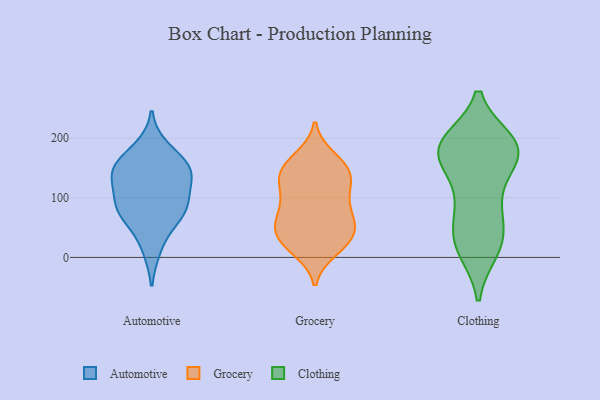
{"axis": {"x": "Budget (USD K)", "y": "Value"}, "legend": ["Automotive", "Clothing", "Grocery"], "data": [{"x": "", "y": 84, "type": "Automotive"}, {"x": "", "y": 139, "type": "Automotive"}, {"x": "", "y": 99, "type": "Automotive"}, {"x": "", "y": 183, "type": "Automotive"}, {"x": "", "y": 15, "type": "Automotive"}, {"x": "", "y": 71, "type": "Automotive"}, {"x": "", "y": 148, "type": "Automotive"}, {"x": "", "y": 65, "type": "Automotive"}, {"x": "", "y": 88, "type": "Automotive"}, {"x": "", "y": 135, "type": "Automotive"}, {"x": "", "y": 147, "type": "Automotive"}, {"x": "", "y": 156, "type": "Automotive"}, {"x": "", "y": 130, "type": "Grocery"}, {"x": "", "y": 133, "type": "Grocery"}, {"x": "", "y": 32, "type": "Grocery"}, {"x": "", "y": 105, "type": "Grocery"}, {"x": "", "y": 30, "type": "Grocery"}, {"x": "", "y": 64, "type": "Grocery"}, {"x": "", "y": 135, "type": "Grocery"}, {"x": "", "y": 27, "type": "Grocery"}, {"x": "", "y": 156, "type": "Grocery"}, {"x": "", "y": 13, "type": "Grocery"}, {"x": "", "y": 20, "type": "Grocery"}, {"x": "", "y": 62, "type": "Grocery"}, {"x": "", "y": 49, "type": "Grocery"}, {"x": "", "y": 150, "type": "Grocery"}, {"x": "", "y": 64, "type": "Grocery"}, {"x": "", "y": 61, "type": "Grocery"}, {"x": "", "y": 150, "type": "Grocery"}, {"x": "", "y": 98, "type": "Grocery"}, {"x": "", "y": 167, "type": "Grocery"}, {"x": "", "y": 101, "type": "Grocery"}, {"x": "", "y": 17, "type": "Clothing"}, {"x": "", "y": 188, "type": "Clothing"}, {"x": "", "y": 188, "type": "Clothing"}, {"x": "", "y": 170, "type": "Clothing"}, {"x": "", "y": 23, "type": "Clothing"}, {"x": "", "y": 176, "type": "Clothing"}, {"x": "", "y": 183, "type": "Clothing"}, {"x": "", "y": 189, "type": "Clothing"}, {"x": "", "y": 31, "type": "Clothing"}, {"x": "", "y": 94, "type": "Clothing"}, {"x": "", "y": 120, "type": "Clothing"}, {"x": "", "y": 13, "type": "Clothing"}, {"x": "", "y": 165, "type": "Clothing"}, {"x": "", "y": 57, "type": "Clothing"}, {"x": "", "y": 193, "type": "Clothing"}, {"x": "", "y": 75, "type": "Clothing"}, {"x": "", "y": 177, "type": "Clothing"}]}